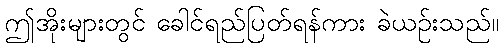
ဤအိုးများတွင် ခေါင်ရည်ပြတ်ရန်ကား ခဲယဉ်းသည်။